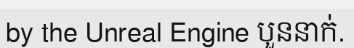
by the Unreal Engine បួននាក់.